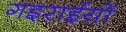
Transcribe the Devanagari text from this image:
गइराईयों